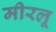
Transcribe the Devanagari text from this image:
मीरलू